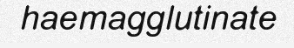
haemagglutinate